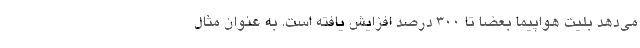
می‌دهد بلیت هواپیما بعضا تا ۳۰۰ درصد افزایش یافته است. به عنوان مثال